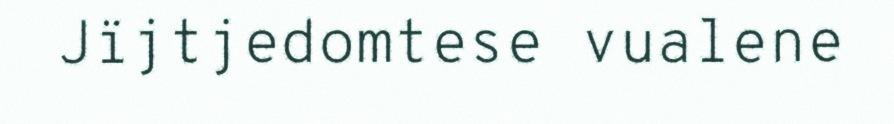
Jïjtjedomtese vualene